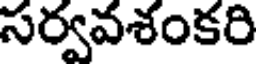
సర్వవశంకరి